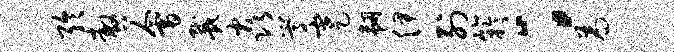
聆嗷会戴焱嵩蹇韧伊列竽：为